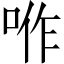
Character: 𠴚